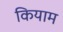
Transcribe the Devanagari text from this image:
कियाम